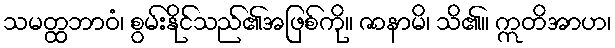
သမတ္ထဘာဝံ၊ စွမ်းနိုင်သည်၏အဖြစ်ကို။ ဇာနာမိ၊ သိ၏။ ဣတိအာဟ၊